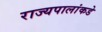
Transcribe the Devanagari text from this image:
राज्यपालांकडे